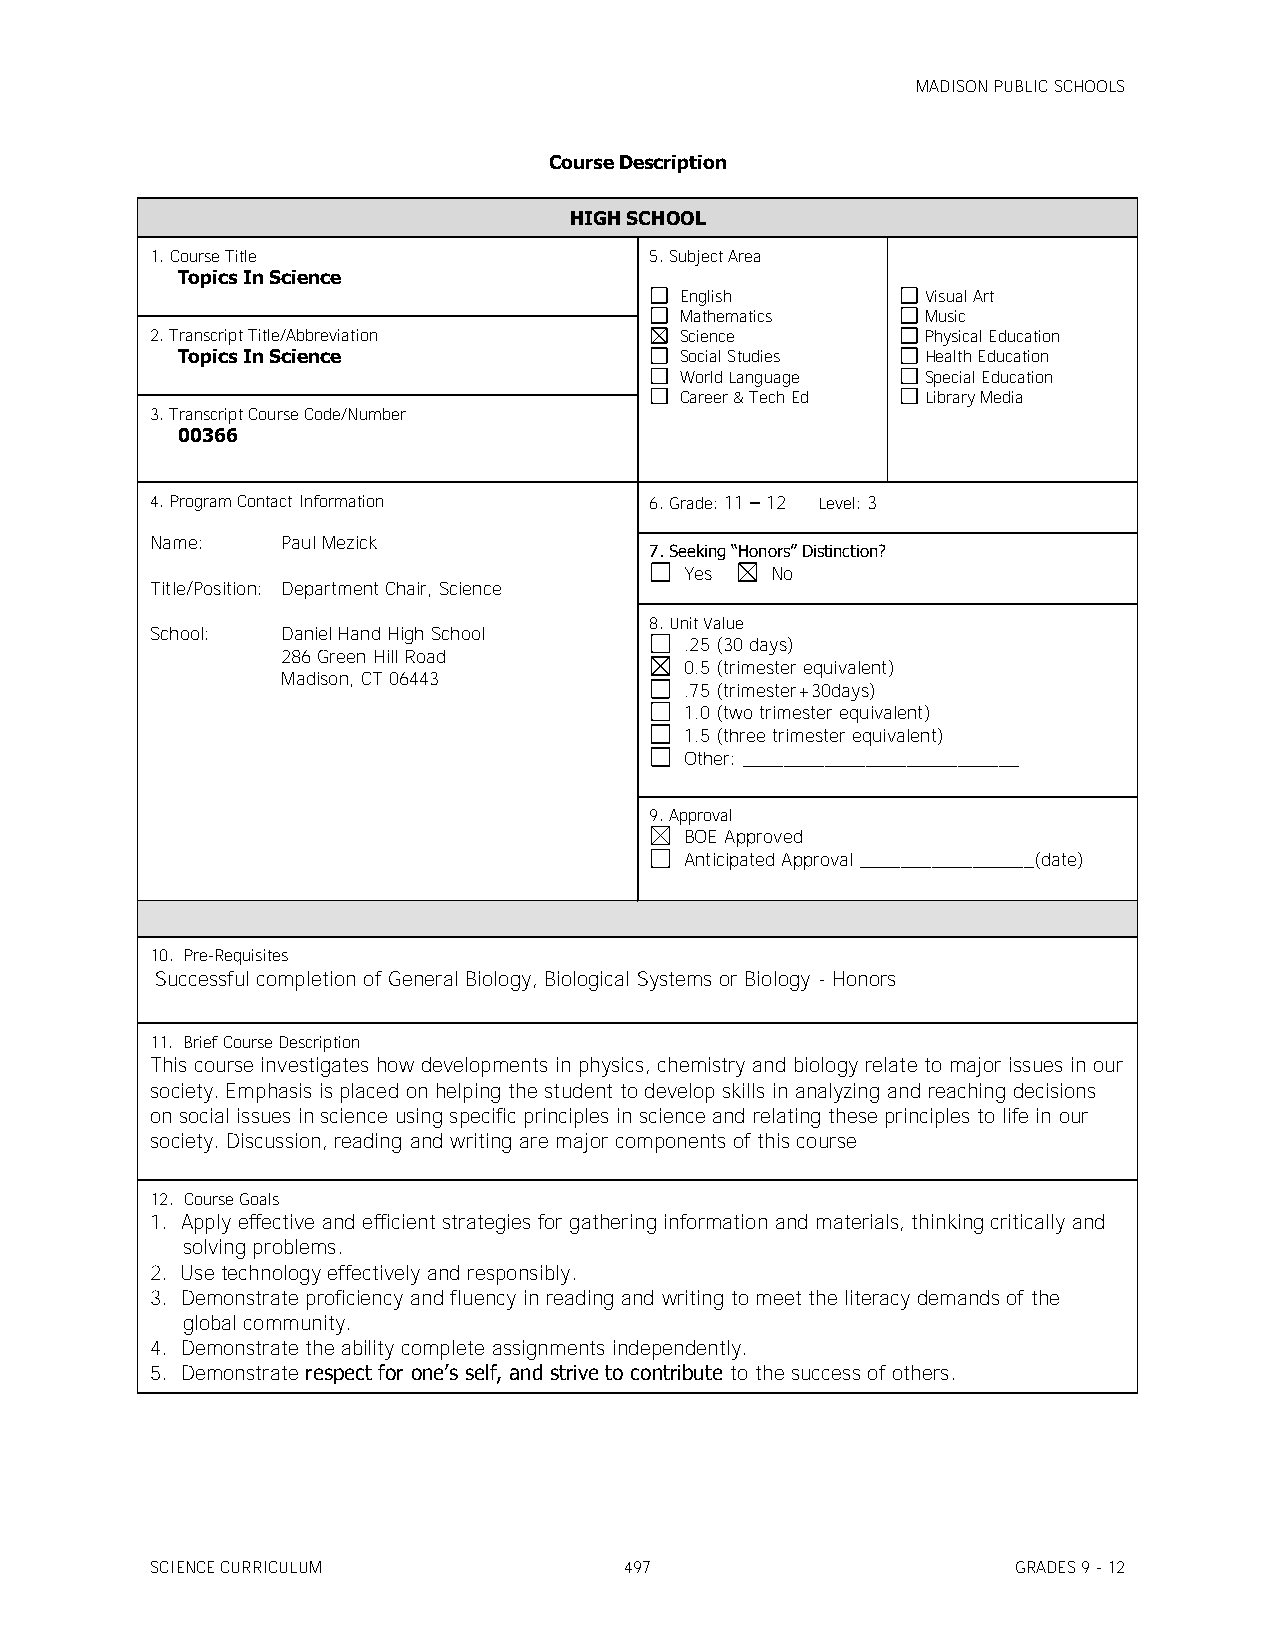
MADISON PUBLIC SCHOOLS
 Course Description
 HIGH SCHOOL
 1. Course Title                  5. Subject Area
 Topics In Science
 English         Visual Art
 Mathematics     Music
 2. Transcript Title/Abbreviation   Science         Physical Education
 Topics In Science                Social Studies  Health Education
 World Language  Special Education
 Career & Tech Ed Library Media
 3. Transcript Course Code/Number
 00366
 4. Program Contact Information   6. Grade: 11 – 12 Level: 3
 Name:    Paul Mezick
 7. Seeking ―Honors‖ Distinction?
 Yes   No
 Title/Position: Department Chair, Science
 8. Unit Value
 School:  Daniel Hand High School
 .25 (30 days)
 286 Green Hill Road
 0.5 (trimester equivalent)
 Madison, CT 06443
 .75 (trimester+30days)
 1.0 (two trimester equivalent)
 1.5 (three trimester equivalent)
 Other: ___________________________
 9. Approval
 BOE Approved
 Anticipated Approval _________________(date)
 10. Pre-Requisites
 Successful completion of General Biology, Biological Systems or Biology - Honors
 11. Brief Course Description
 This course investigates how developments in physics, chemistry and biology relate to major issues in our
 society. Emphasis is placed on helping the student to develop skills in analyzing and reaching decisions
 on social issues in science using specific principles in science and relating these principles to life in our
 society. Discussion, reading and writing are major components of this course
 12. Course Goals
 1. Apply effective and efficient strategies for gathering information and materials, thinking critically and
 solving problems.
 2. Use technology effectively and responsibly.
 3. Demonstrate proficiency and fluency in reading and writing to meet the literacy demands of the
 global community.
 4. Demonstrate the ability complete assignments independently.
 5. Demonstrate respect for one’s self, and strive to contribute to the success of others.
 SCIENCE CURRICULUM             497                       GRADES 9 - 12